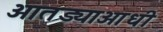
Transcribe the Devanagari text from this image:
आतड्याआधी